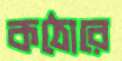
কঠোরে